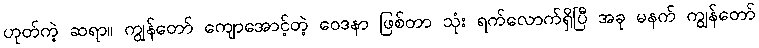
ဟုတ်ကဲ့ ဆရာ။ ကျွန်တော် ကျောအောင့်တဲ့ ဝေဒနာ ဖြစ်တာ သုံး ရက်လောက်ရှိပြီ အခု မနက် ကျွန်တော်